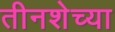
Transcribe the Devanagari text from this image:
तीनशेच्या